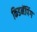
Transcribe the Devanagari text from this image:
किडनॅपिंग